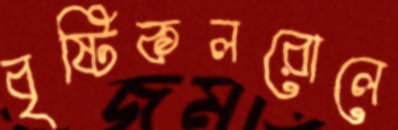
বৃষ্টিকলরোলে